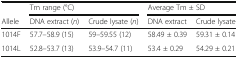
<table><thead><tr><td></td><td colspan="2"><b>Tm range (°C)</b></td><td colspan="2"><b>Average Tm ± SD</b></td></tr><tr><td><b>Allele</b></td><td><b>DNA extract (<i>n</i>)</b></td><td><b>Crude lysate (<i>n</i>)</b></td><td><b>DNA extract</b></td><td><b>Crude lysate</b></td></tr></thead><tbody><tr><td>1014F</td><td>57.7–58.9 (15)</td><td>59–59.55 (12)</td><td>58.49 ± 0.39</td><td>59.31 ± 0.14</td></tr><tr><td>1014L</td><td>52.8–53.7 (13)</td><td>53.9–54.7 (11)</td><td>53.4 ± 0.29</td><td>54.29 ± 0.21</td></tr></tbody></table>